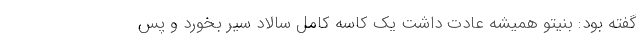
گفته بود: بنیتو همیشه عادت داشت یک کاسه کامل سالاد سیر بخورد و پس